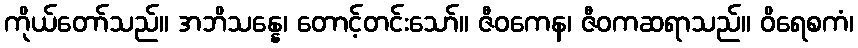
ကိုယ်တော်သည်။ အဘိသန္နေ၊ တောင့်တင်းသော်။ ဇီဝကေန၊ ဇီဝကဆရာသည်။ ဝိရေစကံ၊